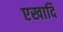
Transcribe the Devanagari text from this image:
एखादि